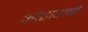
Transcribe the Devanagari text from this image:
ओटावाची